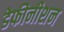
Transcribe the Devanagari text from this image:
डेफीनीशन